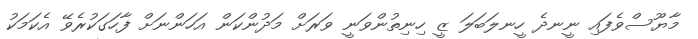
މާޔޫސްވެފައި ނީނދެ ހީނލަބަލަ ޒީ ހިނިތުންވަނީ ވަރަށް މަދުންކަން އަހަންނަށް ފާހަގަކުރެވޭ އެކަމަކު